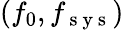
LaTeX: (f_{0},f_{\mathrm{~s~y~s~}})